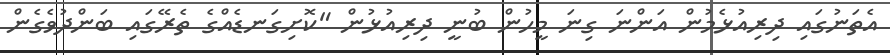
އެތަނުގައި ދިރިއުޅެމުން އަންނަ ގިނަ މީހުން ބުނީ ދިރިއުޅުން "ކޮށިގަނޑެއްގެ ތެރޭގައި ބަންދުވެގެން